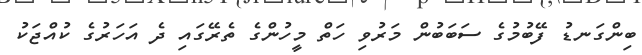
ބިންގަނޑު ފޭބުމުގެ ސަބަބުން މަރުވި ހަތް މީހުންގެ ތެރޭގައި ދެ އަހަރުގެ ކުއްޖަކު